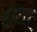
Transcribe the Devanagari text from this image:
शहंशहा